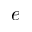
e